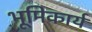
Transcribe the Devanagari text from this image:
भूमिकार्य